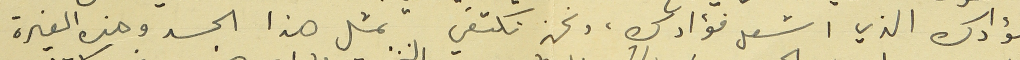
فؤادك الذي اشعل فؤادك، ونحن نكتفي بمثل هذا الجسد وهذه الغيرة